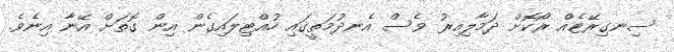
ސިނގިރޭޓެއް ރޯކޮށް ދަމާލިއިރު ވެސް އެނދުމަތީގައި ހުއްޓިލައިގެން އިން ގޮތަށް އޭނާ އިނެވެ.